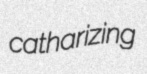
catharizing